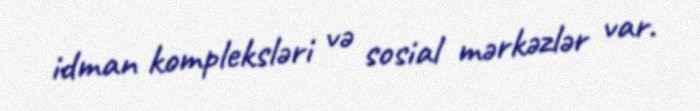
idman kompleksləri və sosial mərkəzlər var.